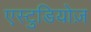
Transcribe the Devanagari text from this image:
एस्टुडियोज़